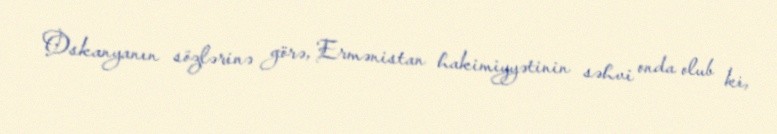
Oskanyanın sözlərinə görə, Ermənistan hakimiyyətinin səhvi onda olub ki,